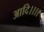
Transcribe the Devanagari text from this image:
आदि।।।।